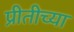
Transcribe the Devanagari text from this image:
प्रीतीच्या